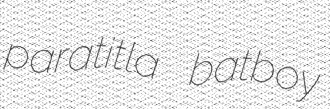
paratitla batboy